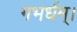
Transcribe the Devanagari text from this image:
गभर्धम्।